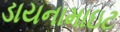
ડાયનામાઇટ